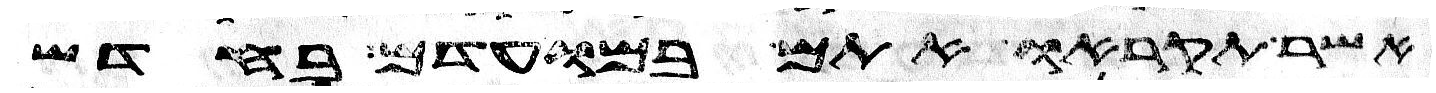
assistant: אשר תקראו אתם במועדם בחדש